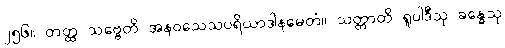
၂၅၆။ တတ္ထ သဗ္ဗေတိ အနဝသေသပရိယာဒါနမေတံ။ သတ္တာတိ ရူပါဒီသု ခန္ဓေသု